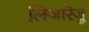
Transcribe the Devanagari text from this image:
लिजारेजु